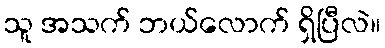
သူ အသက် ဘယ်လောက် ရှိပြီလဲ။